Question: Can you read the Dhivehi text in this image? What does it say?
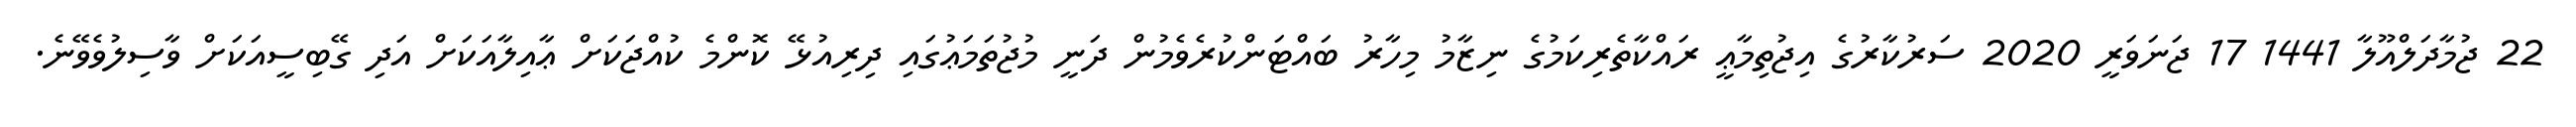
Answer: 22 ޖުމާދަލްއޫލާ 1441 17 ޖަނަވަރީ 2020 ސަރުކާރުގެ އިޖުތިމާޢީ ރައްކާތެރިކަމުގެ ނިޒާމު މިހާރު ބައްޓަންކުރެވެމުން ދަނީ މުޖުތަމަޢުގައި ދިރިއުޅޭ ކޮންމެ ކުއްޖަކަށް ޢާއިލާއަކަށް އަދި ގޭބިސީއަކަށް ވާސިލުވެވޭނެ.